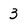
Character: 3